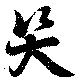
哭